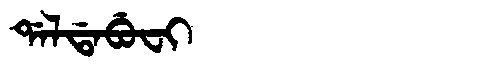
Manchu: ᡩᠠᠯᡩᠠᠪᡠᠸᡳ
Romanization: DALDABUFI